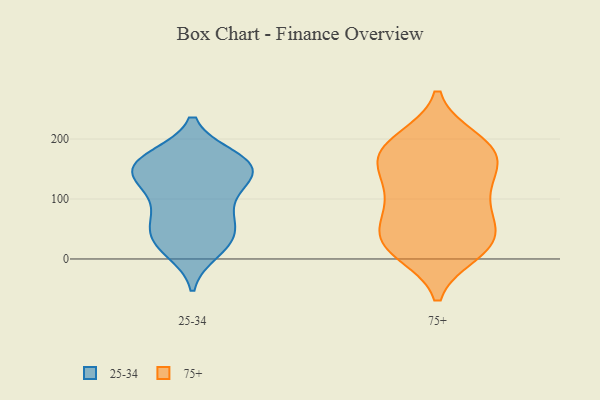
{"axis": {"x": "Waste Production (Tons)", "y": "Value"}, "legend": ["25-34", "75+"], "data": [{"x": "", "y": 126, "type": "25-34"}, {"x": "", "y": 49, "type": "25-34"}, {"x": "", "y": 154, "type": "25-34"}, {"x": "", "y": 156, "type": "25-34"}, {"x": "", "y": 104, "type": "25-34"}, {"x": "", "y": 79, "type": "25-34"}, {"x": "", "y": 13, "type": "25-34"}, {"x": "", "y": 32, "type": "25-34"}, {"x": "", "y": 170, "type": "25-34"}, {"x": "", "y": 168, "type": "25-34"}, {"x": "", "y": 167, "type": "25-34"}, {"x": "", "y": 30, "type": "25-34"}, {"x": "", "y": 157, "type": "25-34"}, {"x": "", "y": 142, "type": "25-34"}, {"x": "", "y": 132, "type": "25-34"}, {"x": "", "y": 70, "type": "25-34"}, {"x": "", "y": 20, "type": "25-34"}, {"x": "", "y": 134, "type": "25-34"}, {"x": "", "y": 61, "type": "25-34"}, {"x": "", "y": 114, "type": "75+"}, {"x": "", "y": 104, "type": "75+"}, {"x": "", "y": 32, "type": "75+"}, {"x": "", "y": 142, "type": "75+"}, {"x": "", "y": 43, "type": "75+"}, {"x": "", "y": 70, "type": "75+"}, {"x": "", "y": 189, "type": "75+"}, {"x": "", "y": 99, "type": "75+"}, {"x": "", "y": 18, "type": "75+"}, {"x": "", "y": 11, "type": "75+"}, {"x": "", "y": 197, "type": "75+"}, {"x": "", "y": 176, "type": "75+"}, {"x": "", "y": 166, "type": "75+"}, {"x": "", "y": 161, "type": "75+"}, {"x": "", "y": 18, "type": "75+"}, {"x": "", "y": 27, "type": "75+"}, {"x": "", "y": 164, "type": "75+"}, {"x": "", "y": 62, "type": "75+"}, {"x": "", "y": 199, "type": "75+"}]}